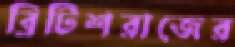
ব্রিটিশরাজের